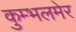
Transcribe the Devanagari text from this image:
कुम्भलमेर